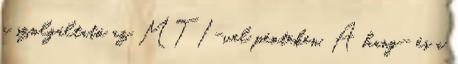
a szolgáltató az MTI-vel pénteken. A hang- és a